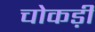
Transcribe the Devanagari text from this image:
चोकड़ी